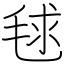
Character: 毬